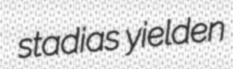
stadias yielden